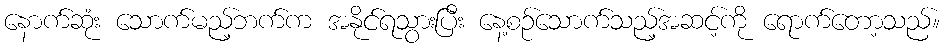
နောက်ဆုံး သောက်မည့်ဘက်က အနိုင်ရသွားပြီး နေ့စဉ်သောက်သည့်အဆင့်ကို ရောက်တော့သည်။